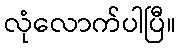
လုံလောက်ပါပြီ။